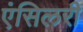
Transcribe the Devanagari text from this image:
एंसिलरी